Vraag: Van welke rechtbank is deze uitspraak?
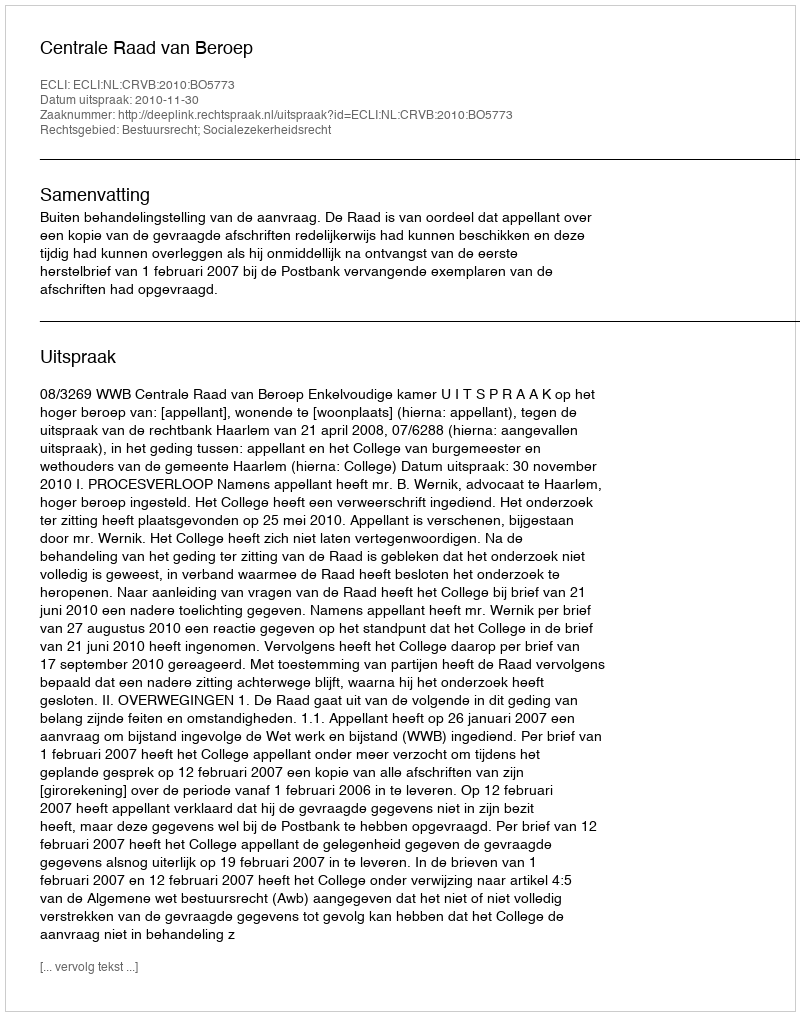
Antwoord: Centrale Raad van Beroep